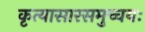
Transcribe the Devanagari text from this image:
कृत्यासारसमुच्चयः